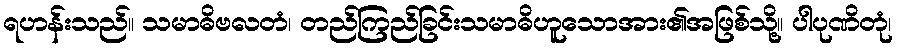
ရဟန်းသည်။ သမာဓိဗလတံ၊ တည်ကြည်ခြင်းသမာဓိဟူသောအား၏အဖြစ်သို့။ ပါပုဏိတုံ၊